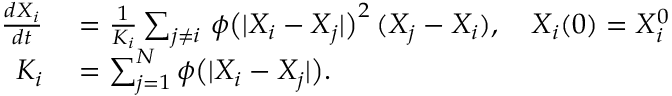
\begin{array} { r l } { \frac { d X _ { i } } { d t } } & { { } = \frac { 1 } { K _ { i } } \sum _ { j \neq i } \, \phi \big ( | X _ { i } - X _ { j } | \big ) ^ { 2 } \, ( X _ { j } - X _ { i } ) , \quad X _ { i } ( 0 ) = X _ { i } ^ { 0 } } \\ { K _ { i } } & { { } = \sum _ { j = 1 } ^ { N } \phi \big ( | X _ { i } - X _ { j } | \big ) . } \end{array}